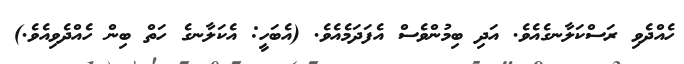
ހެއްދެވި ރަސްކަލާނގެއެވެ. އަދި ބިމުންވެސް އެފަދަމެއެވެ. (އެބަހީ: އެކަލާނގެ ހަތް ބިން ހެއްދެވިއެވެ.)